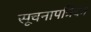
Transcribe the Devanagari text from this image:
सूचनापत्रिका